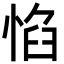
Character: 惂